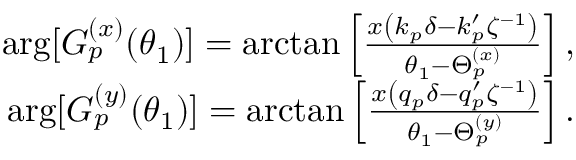
\begin{array} { r } { \arg [ G _ { p } ^ { ( x ) } ( \theta _ { 1 } ) ] = \arctan \left[ \frac { x \left( k _ { p } \delta - k _ { p } ^ { \prime } \zeta ^ { - 1 } \right) } { \theta _ { 1 } - \Theta _ { p } ^ { ( x ) } } \right] , } \\ { \arg [ G _ { p } ^ { ( y ) } ( \theta _ { 1 } ) ] = \arctan \left[ \frac { x \left( q _ { p } \delta - q _ { p } ^ { \prime } \zeta ^ { - 1 } \right) } { \theta _ { 1 } - \Theta _ { p } ^ { ( y ) } } \right] . } \end{array}